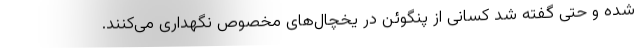
شده و حتی گفته شد کسانی از پنگوئن در یخچال‌های مخصوص نگهداری می‌کنند.